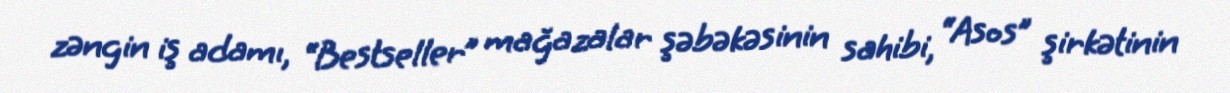
zəngin iş adamı, “Bestseller” mağazalar şəbəkəsinin sahibi, “Asos” şirkətinin